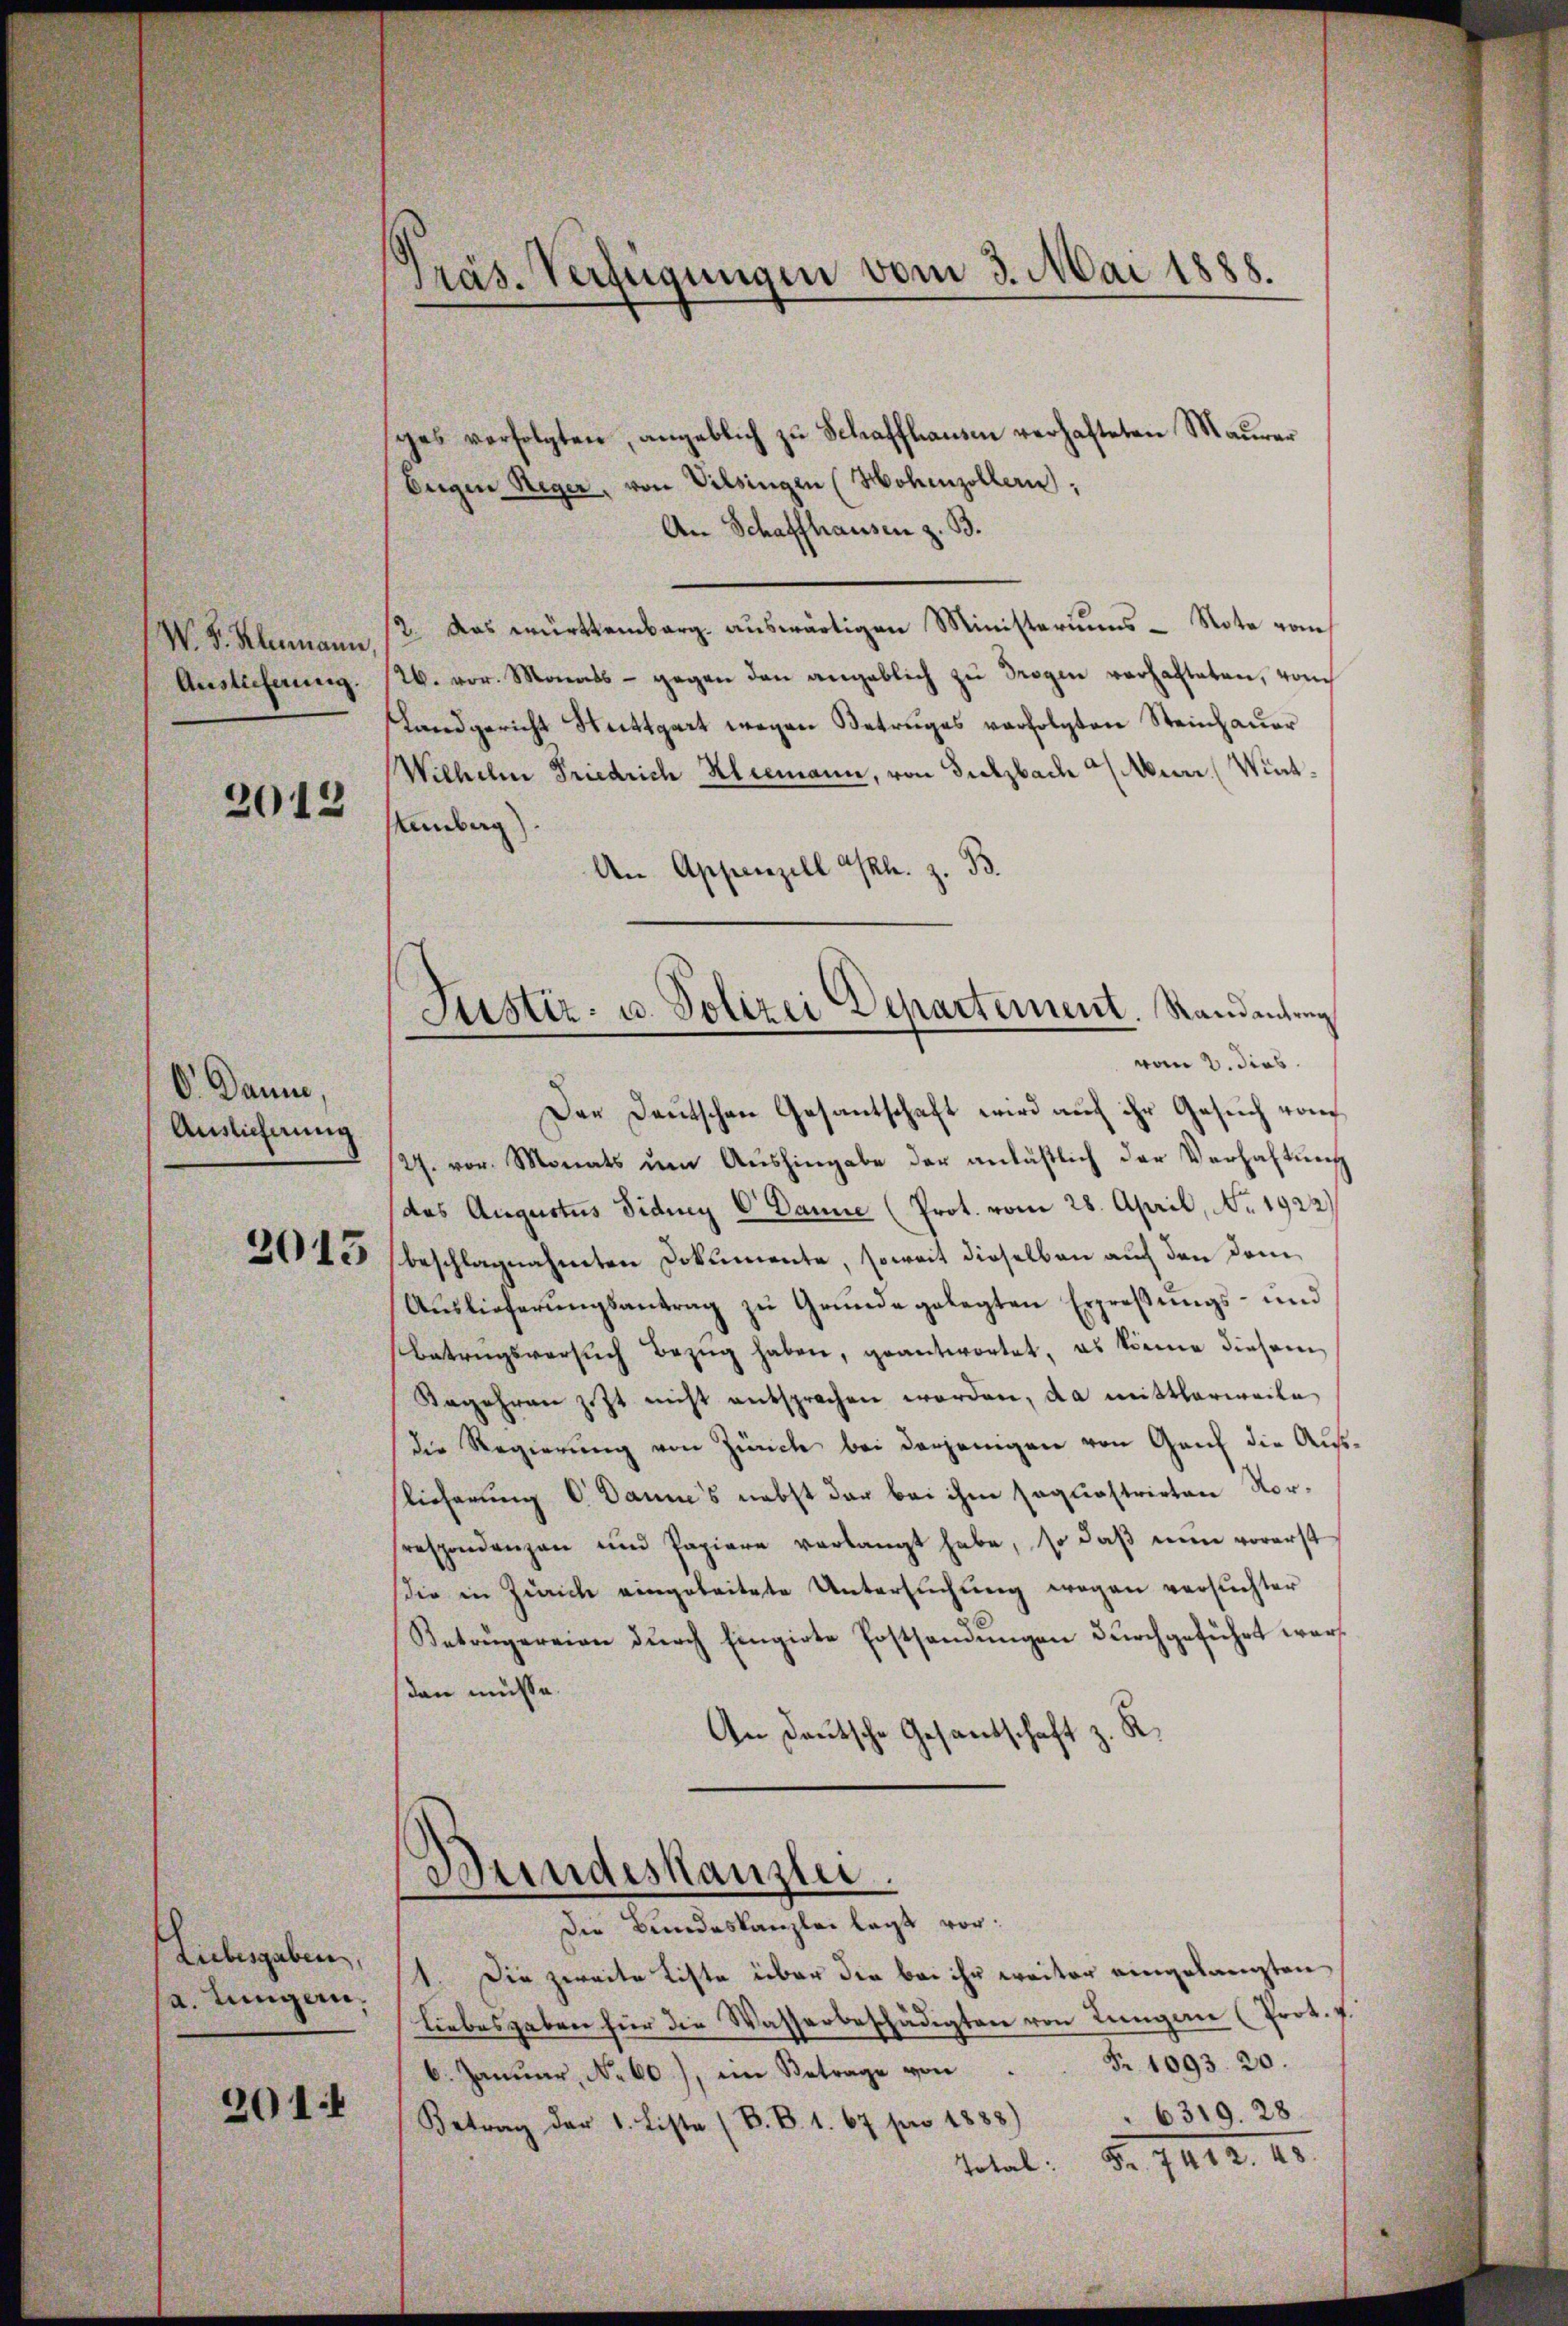
W. B. Klimann,
Auslieferung.

2013

O. Danne,
Auslicherung

2015

Liebesgaben,
a. Lungen,

201:

Präs. Verfügungen vom 3. Mai 1888.

ges verfolgten, angeblich zu Schaffhausen verhafteten Maurer
Eigen Reger, von Vilsingen (Hohenzollern.
An Schaffhausen z. B.
2. Das württemberg auswärtigen Ministeriums - Note vom
26. vor. Monats - gegen den angeblich zu Trogen verhalteten, vom
Landgericht Stuttgart wegen Betruges verfolgten Steinhauer
Wilhelm Friedrich Kleemann, von Sulzbach Murr (Wint
Hemberg)
An Appenzell l. z. B.
Der Deutschen Gesandtschaft wird auf ihr Gesuch von
2. vor. Monats um Aushingabe der anläßlich der Verhaltung
(das Augustus Fiduy V Danne (Prot. vom 28. April, No. 1922)
beschlagnahmten Dokumente, soweit dieselben auch den dem¬
Aŭslieferŭngsantrag zŭ Grŭnde gelegten Erpreβŭngs- und
Betragsversuch Bezug haben, geantwortet, es könne diesem
Kegehren jezt nicht entsprochen worden, da mittlerweile
die Regierung von Zürich bei derjenigen von Genf die Auflieferung C. Dann’s nebst der bei ihm saquastrirten Vorrespondenzen und Papiere verlangt habe, so daβ nun vorerst
die in Zürich eingeleitete Untersuchung wegen versuchter
Betrügereien dŭrch Eingirte Postsandŭngen dŭrchgeführt wer
dann müsse.
.
An Deutsche Gesandschaft

Justiz- u. Polizei Departement. Randantrag
vom 3. dies

Bundeskanzlei.
Die Bundeskanzlei legt vor:

1. Die zweite Liste über die bei ihr weiter eingelangten
Liebesgaben für die Wasserbeschädigten von Lungen (Prot. v.
6. Janŭar, No 60), im Betrage von Fr. 1093. 20.
Betrag der 1. Liste (S. B. 1. 67 pro 1888) " 6319. 28.
Total: Fr. 7412. 48.